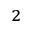
^ 2